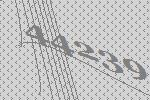
44239